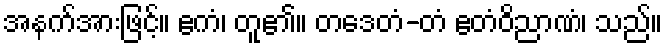
အနက်အားဖြင့်။ ဧကံ၊ တူ၏။ တဒေတံ-တံ ဧတံဝိညာဏံ၊ သည်။